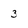
Character: 3